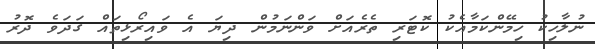
ނުލާހިކު ހިމޭންކަމާއެކު ކޮޓަރި ތެރެއަށް ވަންނަމުން ދިޔަ އެ ވައިރޯޅިތައް ގަދަވެ ދޮރު